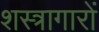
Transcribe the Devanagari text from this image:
शस्त्रागारों